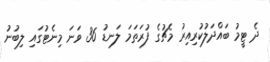
ދެ ޓީމު ބައްދަލުކުރިއިރު މެޗުގެ ފުރަތަމަ ލަނޑު 36 ވަނަ މިނެޓުގައި ލިބުނު